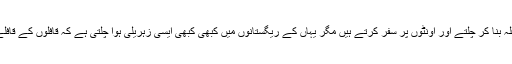
عرب کے لوگ قافلہ بنا کر چلتے اور اونٹوں پر سفر کرتے ہیں مگر یہاں کے ریگستانوں میں کبھی کبھی ایسی زہریلی ہوا چلتی ہے کہ قافلوں کے قافلے تباہ ہوجاتے ہیں۔